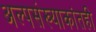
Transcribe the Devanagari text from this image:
अल्पसंख्याकांतही